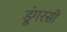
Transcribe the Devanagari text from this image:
डूंगरसी